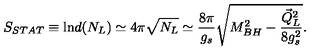
S _ { S T A T } \equiv \mathrm { l n } d ( N _ { L } ) \simeq 4 \pi \sqrt { N _ { L } } \simeq { \frac { 8 \pi } { g _ { s } } } \sqrt { M _ { B H } ^ { 2 } - { \frac { \vec { Q } _ { L } ^ { 2 } } { 8 g _ { s } ^ { 2 } } } } .